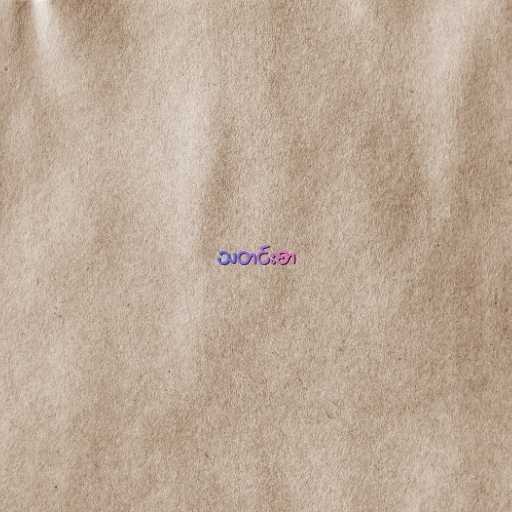
သတင်းစာ